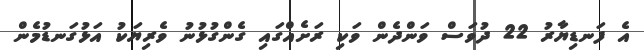
އެ ފަނޑިޔާރު 22 ދުވަސް ވަންދެން ވަކި ރަށެއްގައި ގެންގުޅުނު ވެރިޔަކު އަޅުގަނޑުމެން